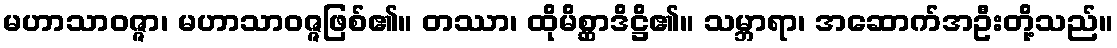
မဟာသာဝဇ္ဇာ၊ မဟာသာဝဇ္ဇဖြစ်၏။ တဿာ၊ ထိုမိစ္ဆာဒိဋ္ဌိ၏။ သမ္ဘာရာ၊ အဆောက်အဦးတို့သည်။